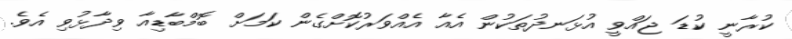
ކުރާނީ ކުޑަ ޖައްވީ އުޅަނދުތަކުން އެއާ އެއްވަރުކޮށްގެން ކަމަށް ބޮމްބާޑިއާ ވިދާޅުވި އެވެ.